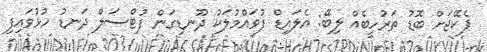
ޕެކޭޖަށް ބޮޑު ތަރުހީބެއް ލިބޭ: އެލައިޑް ފުވައްމުލަކު ދޫނޑިގަން ފުޓްސަލް ދަނޑު ހުޅުވައިފި